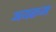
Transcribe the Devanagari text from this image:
अयरूम